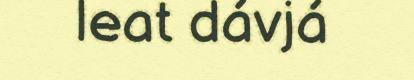
leat dávjá